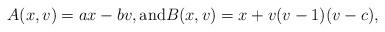
LaTeX: \begin{align*} A (x,v) = a x - b v, \mbox{and} B(x,v) = x + v (v-1) (v-c),\end{align*}